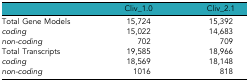
<table><thead><tr><td></td><td><b>Cliv_1.0</b></td><td><b>Cliv_2.1</b></td></tr></thead><tbody><tr><td>Total Gene Models</td><td>15,724</td><td>15,392</td></tr><tr><td><i>coding</i></td><td>15,022</td><td>14,683</td></tr><tr><td><i>non-coding</i></td><td>702</td><td>709</td></tr><tr><td>Total Transcripts</td><td>19,585</td><td>18,966</td></tr><tr><td><i>coding</i></td><td>18,569</td><td>18,148</td></tr><tr><td><i>non-coding</i></td><td>1016</td><td>818</td></tr></tbody></table>